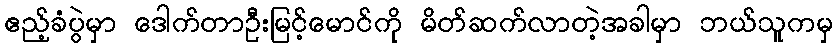
ဧည့်ခံပွဲမှာ ဒေါက်တာဦးမြင့်မောင်ကို မိတ်ဆက်လာတဲ့အခါမှာ ဘယ်သူကမှ